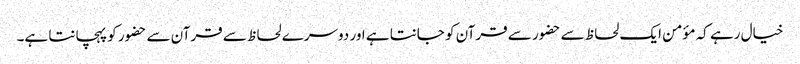
خیال رہے کہ مؤمن ایک لحاظ سے حضور سے قرآن کو جانتا ہے اور دوسرے لحاظ سے قرآن سے حضور کو پہچانتا ہے۔